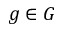
g \in G